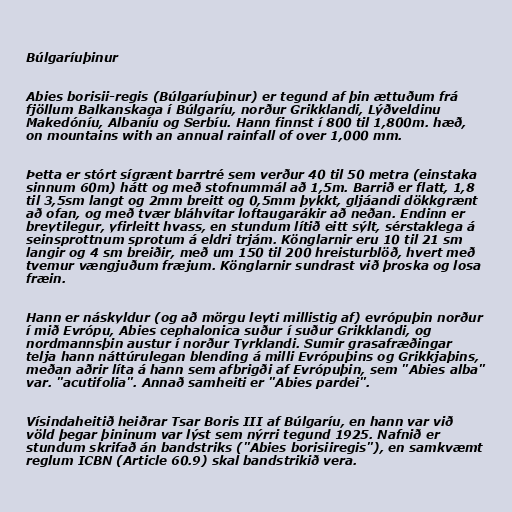
Búlgaríuþinur

Abies borisii-regis (Búlgaríuþinur) er tegund af þin ættuðum frá
fjöllum Balkanskaga í Búlgaríu, norður Grikklandi, Lýðveldinu
Makedóníu, Albaníu og Serbíu. Hann finnst í 800 til 1,800m. hæð,
on mountains with an annual rainfall of over 1,000 mm.

Þetta er stórt sígrænt barrtré sem verður 40 til 50 metra (einstaka
sinnum 60m) hátt og með stofnummál að 1,5m. Barrið er flatt, 1,8
til 3,5sm langt og 2mm breitt og 0,5mm þykkt, gljáandi dökkgrænt
að ofan, og með tvær bláhvítar loftaugarákir að neðan. Endinn er
breytilegur, yfirleitt hvass, en stundum lítið eitt sýlt, sérstaklega á
seinsprottnum sprotum á eldri trjám. Könglarnir eru 10 til 21 sm
langir og 4 sm breiðir, með um 150 til 200 hreisturblöð, hvert með
tvemur vængjuðum fræjum. Könglarnir sundrast við þroska og losa
fræin.

Hann er náskyldur (og að mörgu leyti millistig af) evrópuþin norður
í mið Evrópu, Abies cephalonica suður í suður Grikklandi, og
nordmannsþin austur í norður Tyrklandi. Sumir grasafræðingar
telja hann náttúrulegan blending á milli Evrópuþins og Grikkjaþins,
meðan aðrir líta á hann sem afbrigði af Evrópuþin, sem "Abies alba"
var. "acutifolia". Annað samheiti er "Abies pardei".

Vísindaheitið heiðrar Tsar Boris III af Búlgaríu, en hann var við
völd þegar þininum var lýst sem nýrri tegund 1925. Nafnið er
stundum skrifað án bandstriks ("Abies borisiiregis"), en samkvæmt
reglum ICBN (Article 60.9) skal bandstrikið vera.